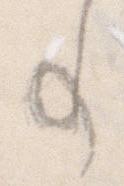
事